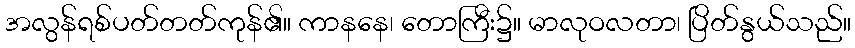
အလွန်ရစ်ပတ်တတ်ကုန်၏။ ကာနနေ၊ တောကြီး၌။ မာလုဝလတာ၊ ပြိတ်နွယ်သည်။